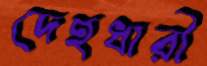
দেহধারী